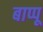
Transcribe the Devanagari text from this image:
बाप्पू